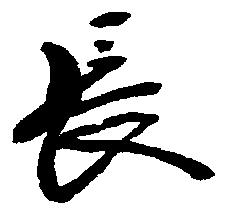
長